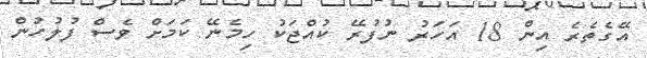
އޭގެތެރެ އިން 18 އަހަރު ނުފުރޭ ކުއްޖަކު ހިމެނޭ ކަމަށް ވެސް ފުލުހުން